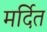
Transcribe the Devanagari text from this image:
मर्दित